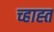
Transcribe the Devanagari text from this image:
च्हाह्त